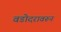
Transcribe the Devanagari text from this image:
वडोदरावरून